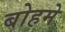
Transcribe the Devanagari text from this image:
बोहमे